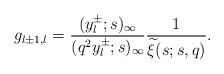
\begin{align*}g_{l\pm 1,l}=\frac{(y^\pm_l;s)_\infty}{(q^2y^\pm_l;s)_\infty}\frac{1}{\widetilde{\xi}(s;s,q)}.\end{align*}